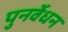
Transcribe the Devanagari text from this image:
पुनर्वेधन